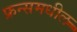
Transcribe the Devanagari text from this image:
फ्रन्समधील